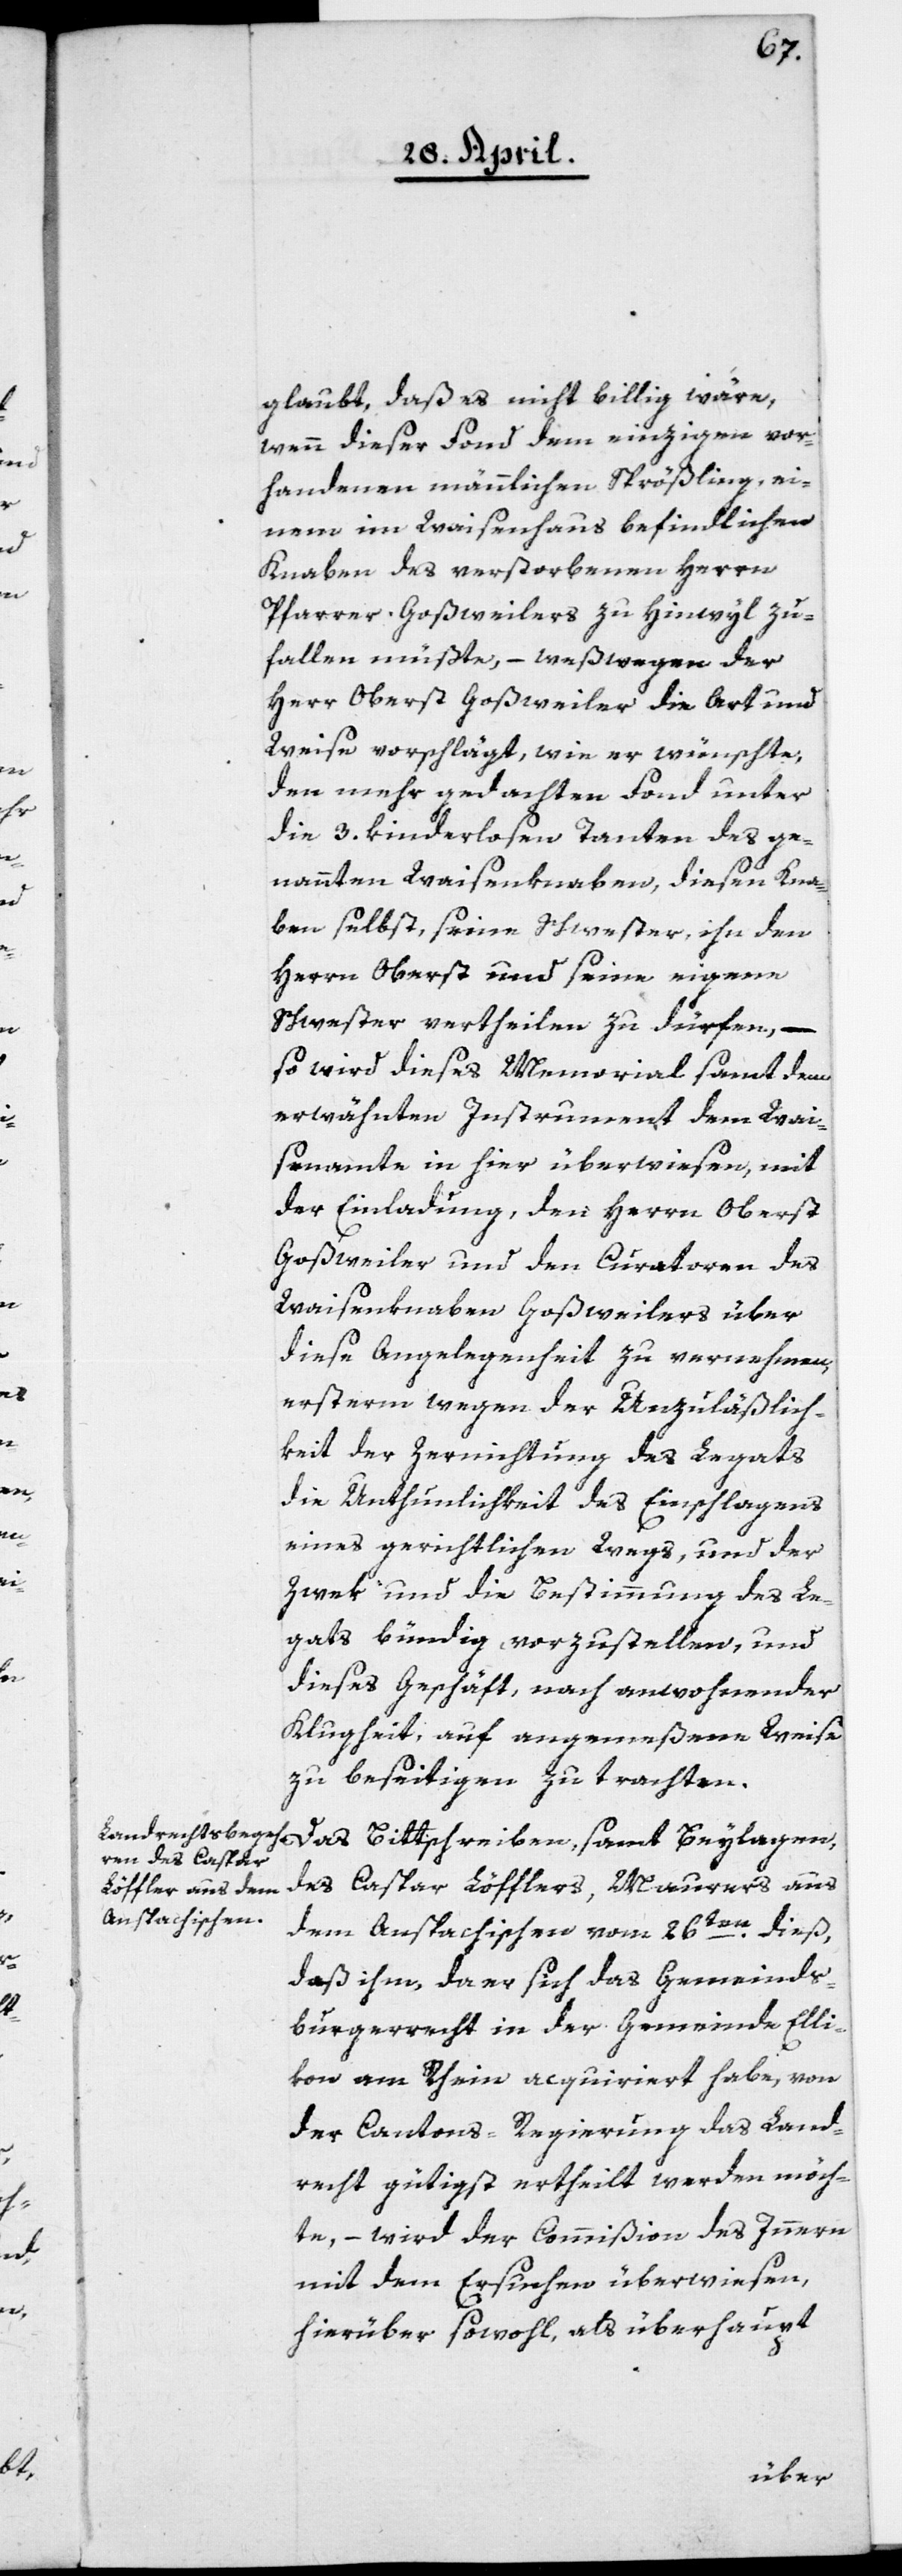
glaubt, daß es nicht billig wäre,
wenn dieser Fonds dem einzigen vor¬
handenen männlichen Sprößling, ei¬
nem im Waisenhaus befindlichen
Knaben des verstorbenen Herrn
Pfarrer Goßweilers zu Hinwyl zu¬
fallen müßte, – weßwegen der
Herr Oberst Goßweiler die Art und
Weise vorschlägt, wie er wünschte,
den mehrgedachten Fond unter
die 3. kinderlosen Tanten des ge¬
nannten Waisenknaben, diesen Kna¬
ben selbst, seine Schwester, ihn den
Herrn Oberst und seine eigene
Schwester vertheilen zu dürfen, –
so wird dieses Memorial samt dem
erwähnten Instrument dem Wai¬
senamte in hier überwiesen, mit
der Einladung, den Herrn Oberst
Goßweiler und den Curatoren des
Waisenknaben Goßweilers über
diese Angelegenheit zu vernehmen,
ersterm wegen der Unzuläßlich¬
keit der Zernichtung des Legats,
die Unthunlichkeit des Einschlagens
eines gerichtlichen Wegs, und der
Zwek und die Bestimmung des Le¬
gats bündig vorzustellen, und
dieses Geschäft, nach anwohnender
Klugheit, auf angemeßene Weise
zu beseitigen zu trachten.
des Caspar Löfflers, Maurers aus
dem Ansbachischen vom 26ten dieß,
daß ihm, da er sich das Gemeinds¬
burgerrecht in der Gemeinde Elli¬
kon am Rhein acquiriert habe, von
der Cantons-Regierung das Land¬
recht gütigst ertheilt werden möch¬
te, – wird der Commißion des Innern
mit dem Ersuchen überwiesen,
hierüber sowohl als überhaupt